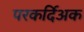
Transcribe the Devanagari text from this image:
परकर्दिअक